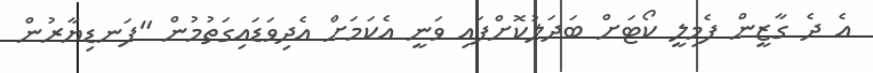
އެ ދެ ގާޒީން ފެމިލީ ކޯޓަށް ބަދަލުކޮށްފައި ވަނީ އެކަމަށް އެދިވަޑައިގަތުމުން "ފަނޑިޔާރުން